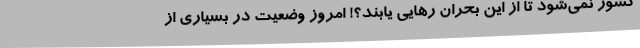
کشور نمی‌شود تا از این بحران رهایی یابند؟! امروز وضعیت در بسیاری از